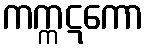
ကက္ကဋကော